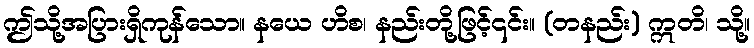
ဤသို့အပြားရှိကုန်သော။ နယေ ဟိစ၊ နည်းတို့ဖြင့်၎င်း။ (တနည်း) ဣတိ၊ သို့။